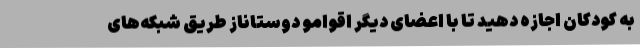
به کودکان اجازه دهید تا با اعضای دیگر اقوامو دوستاناز طریق شبکه‌های